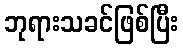
ဘုရားသခင်ဖြစ်ပြီး